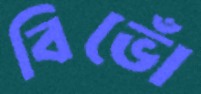
বিভোঁ